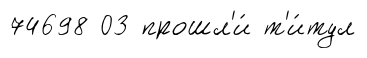
74698 03 прошл'и́ т'и́тул